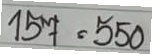
157 = 550